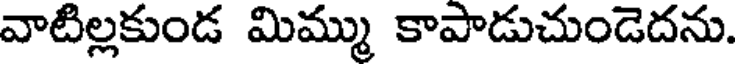
వాటిల్లకుండ మిమ్ము కాపాడుచుండెదను.